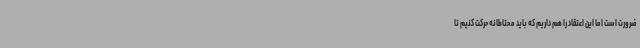
ضرورت است اما این اعتقاد را هم داریم که باید محتاطانه حرکت کنیم تا